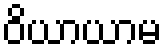
ဝိယာယာမ